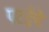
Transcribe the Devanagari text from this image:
पटईचे